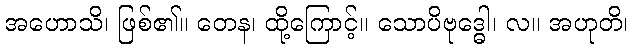
အဟောသိ၊ ဖြစ်၏။ တေန၊ ထို့ကြောင့်။ သောပိဗုဒ္ဓေါ၊ လ။ အဟုတိ၊